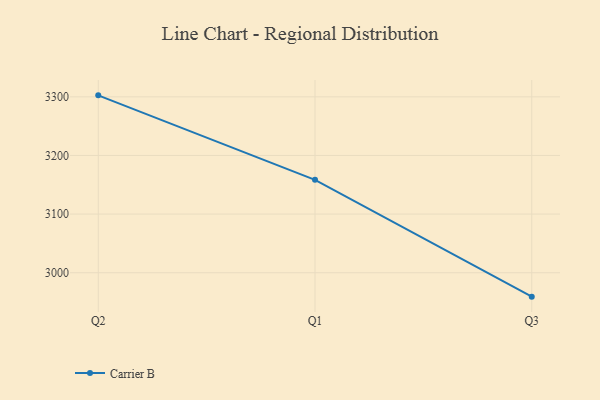
{"axis": {"x": "Quarter", "y": "Headcount"}, "legend": ["Carrier B"], "data": [{"x": "Q2", "y": 3302.5, "type": "Carrier B"}, {"x": "Q1", "y": 3158.4, "type": "Carrier B"}, {"x": "Q3", "y": 2959.2, "type": "Carrier B"}]}